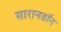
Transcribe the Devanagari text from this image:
सारानडॉन